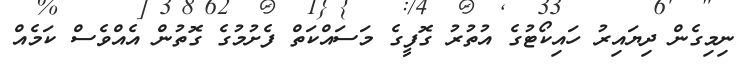
ނިމިގެން ދިޔައިރު ހައިކޯޓުގެ އުތުރު ގޮފީގެ މަސައްކަތް ފެށުމުގެ ގޮތުން އެއްވެސް ކަމެއް